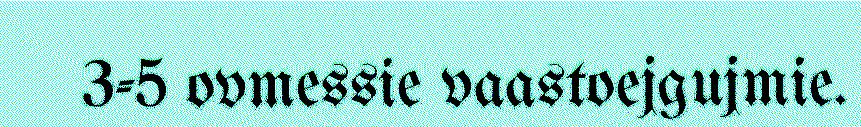
3-5 ovmessie vaastoejgujmie.